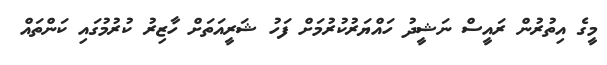
މީގެ އިތުރުން ރައީސް ނަޝީދު ހައްޔަރުކުރުމަށް ފަހު ޝަރީއަތަށް ހާޒިރު ކުރުމުގައި ކަންތައް